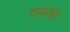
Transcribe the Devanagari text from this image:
टाचांची